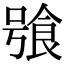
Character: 飸